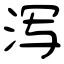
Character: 泻